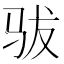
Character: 𱅄